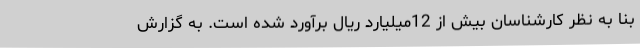
بنا به نظر کارشناسان بیش از 12میلیارد ریال برآورد شده است. به گزارش